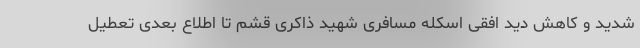
شدید و کاهش دید افقی اسکله مسافری شهید ذاکری قشم تا اطلاع بعدی تعطیل